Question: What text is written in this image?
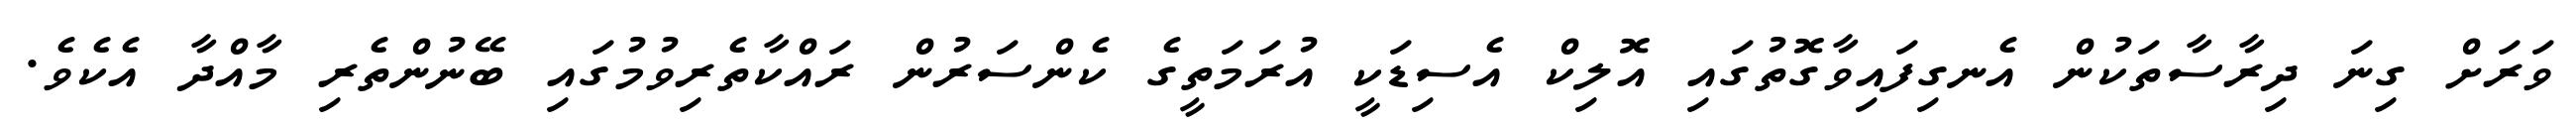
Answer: ވަރަށް ގިނަ ދިރާސާތަކުން އެނގިފައިވާގޮތުގައި އޮލިކް އެސިޑަކީ އުރަމަތީގެ ކެންސަރުން ރައްކާތެރިވުމުގައި ބޭނުންތެރި މާއްދާ އެކެވެ.